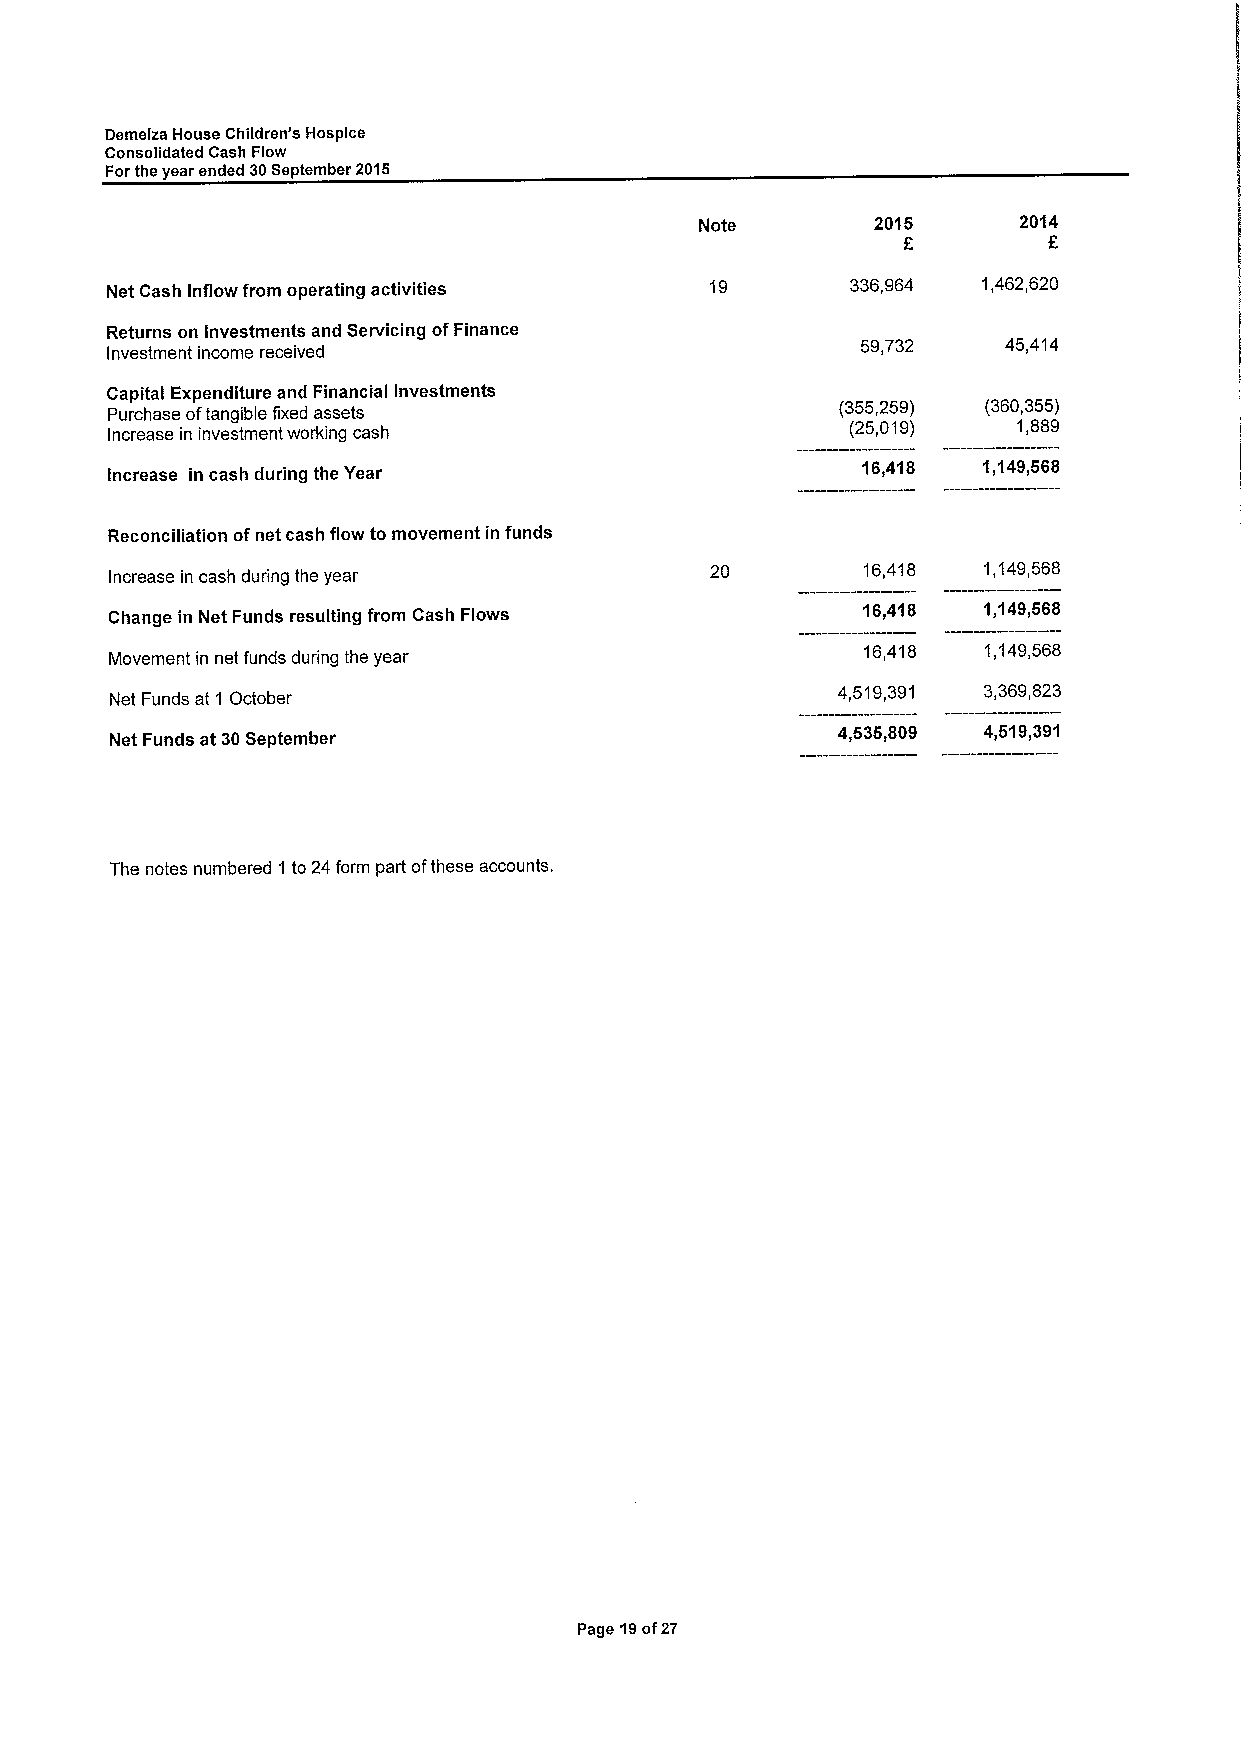
Demelza House Children's Hospice
 Consolidated Cash Flow
 Forthe year ended 30September 2015
 Note        2016     2014
 Net Cash Inflow from operating activities 19     336,964  1,462,620
 Returns on Investments and Servicing ofFinance
 Investment income received
 59,732    45,414
 Capital Expenditure and Financial Investments
 Purchase oftangible fixed assets                 (355,259) (360,355)
 Increase in investment working cash              (25,019)   1,889
 Increase in cash during the Year
 16,418  1,149,668
 Reconciliation ofnet cash flow to movement in funds
 Increase in cash during the year        20        16,418  1,149,568
 Change in Net Funds resulting from Cash Flows     18,418  1,149,668
 Movement in net funds during the year
 16,418  1,149,568
 Net Funds at 1 October
 4,519,391 3,369,823
 Net Funds at 30September
 4,636,809 4,619,391
 The notes numbered 1 to 24 form part ofthese accounts.
 Page 19of27